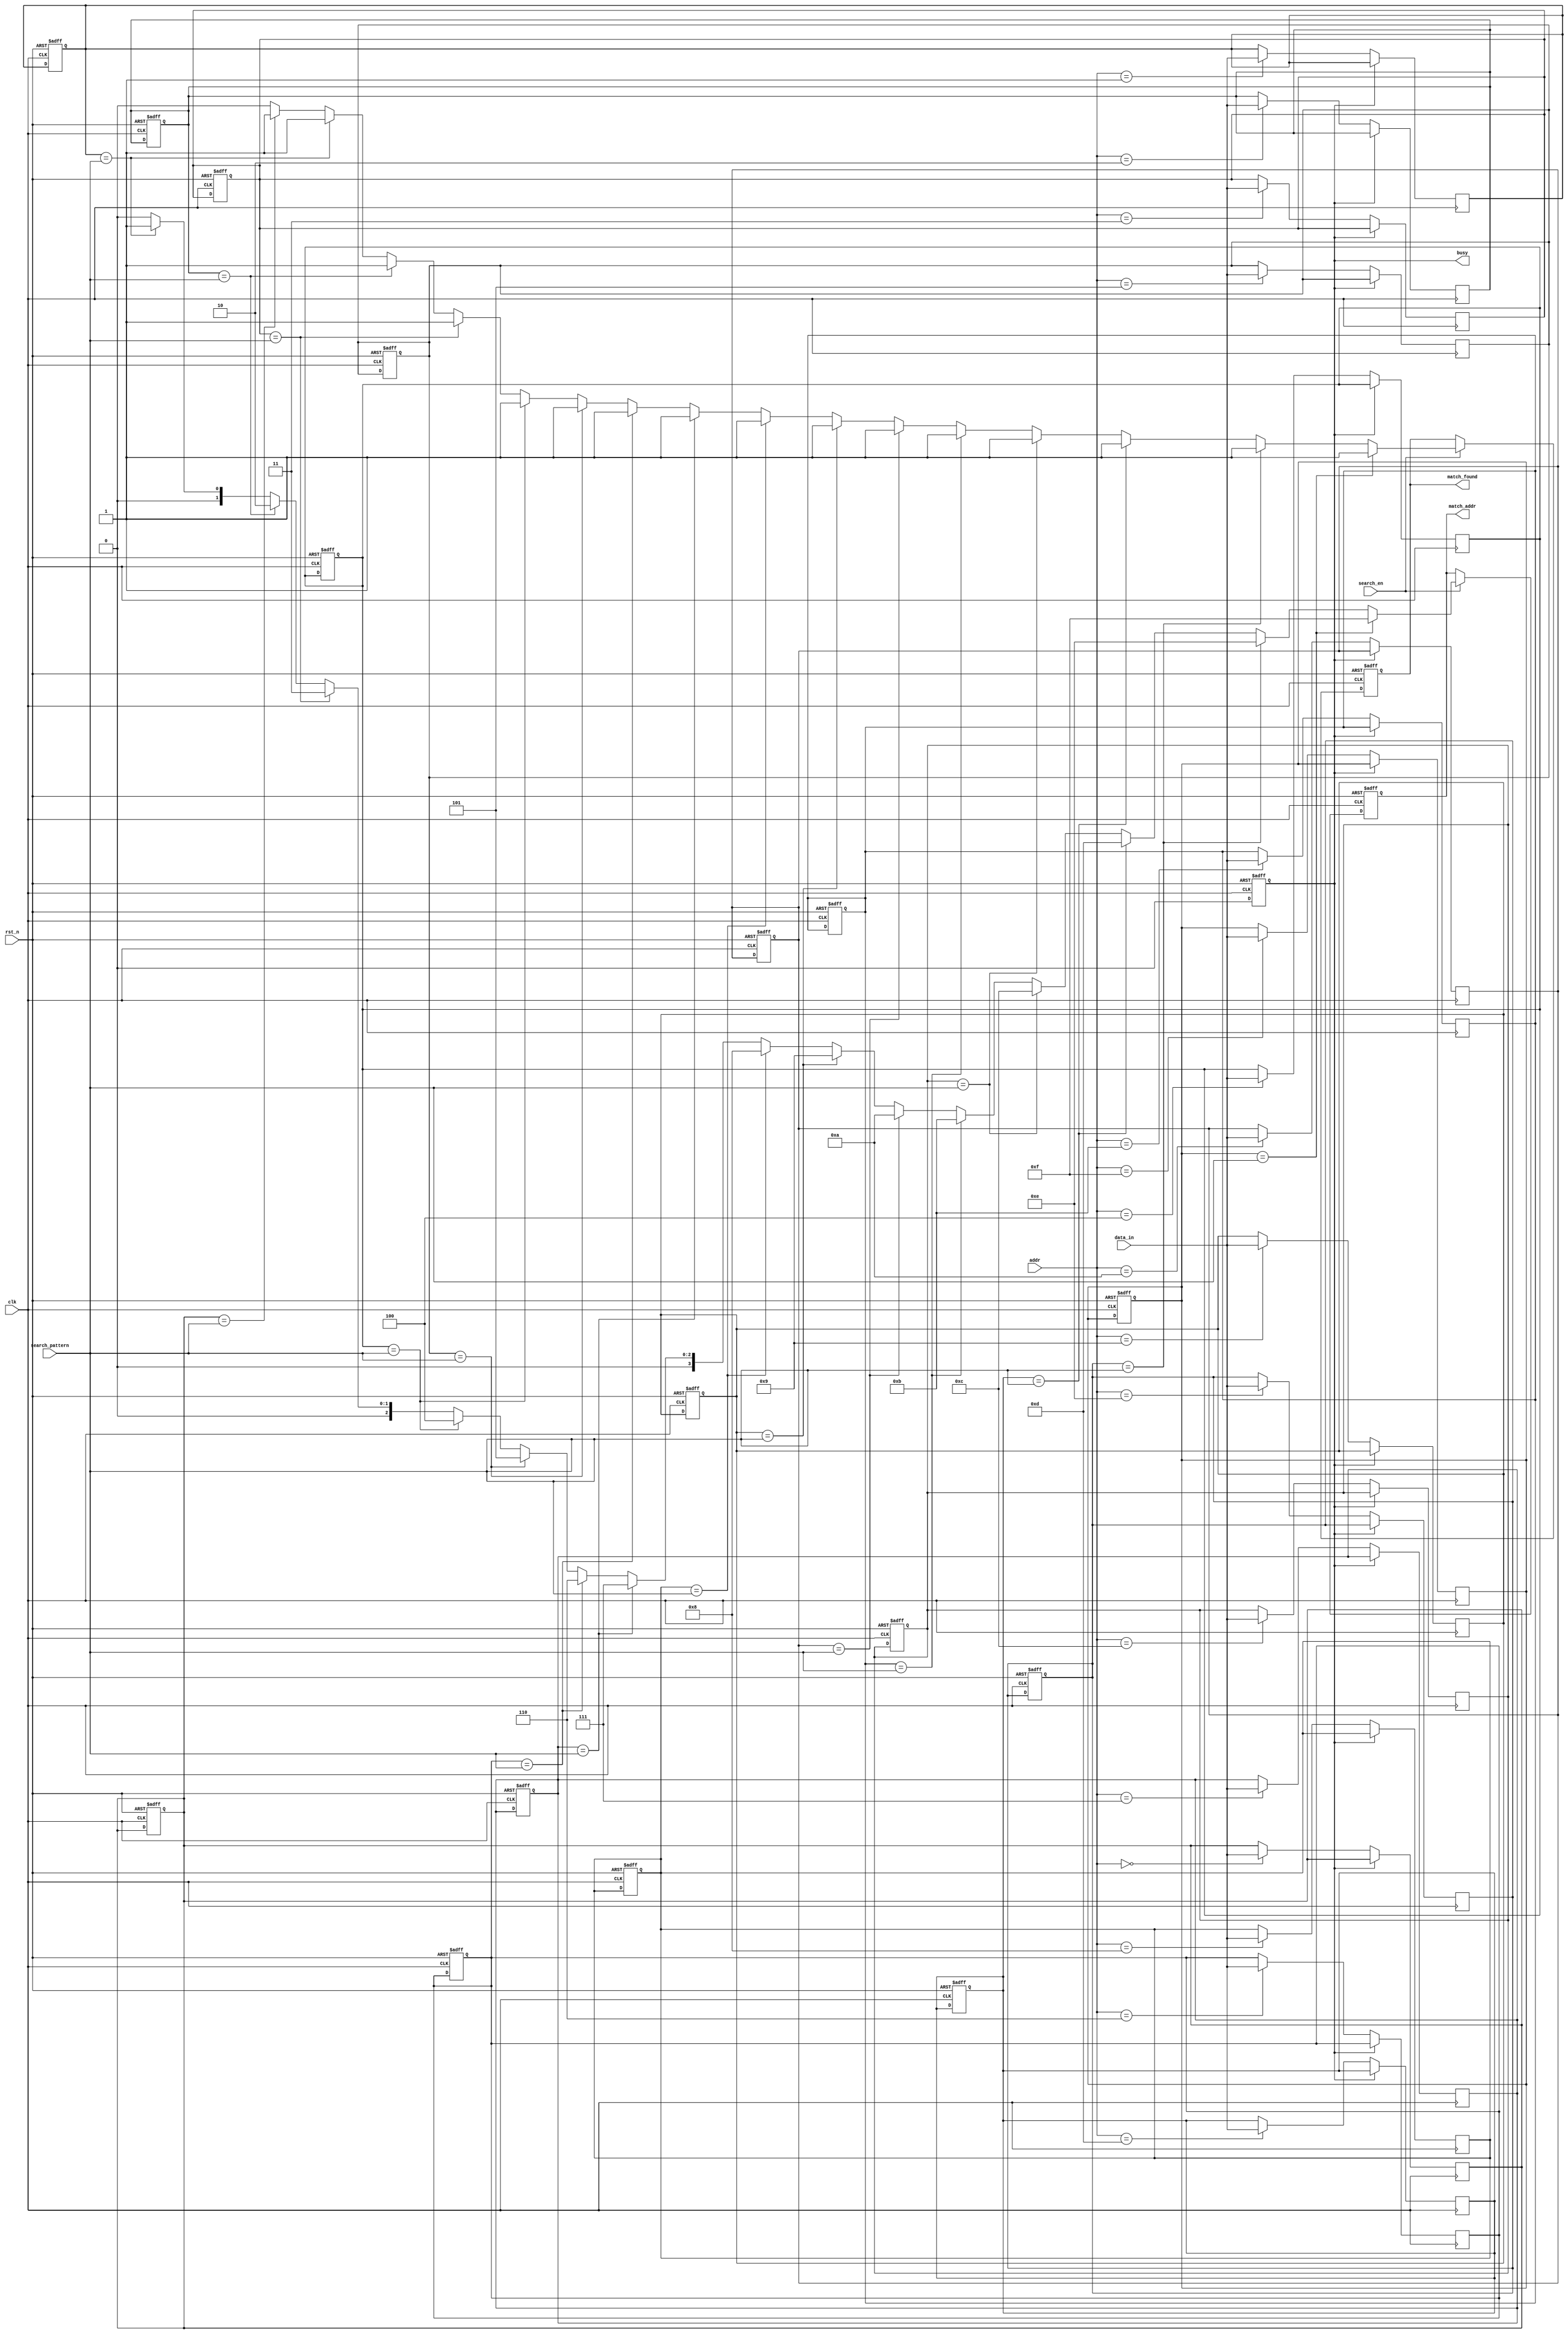
module Hybrid_CAM #(
    parameter DATA_WIDTH = 8,    // Width of data stored in CAM
    parameter ADDR_WIDTH = 4,     // Number of addressable entries
    parameter MATCH_WIDTH = 1      // Width of match output (1 for single match, more for multiple)
)(
    input wire clk,                // Clock signal
    input wire rst_n,              // Active low reset
    input wire [DATA_WIDTH-1:0] data_in, // Data input for write operation
    input wire [ADDR_WIDTH-1:0] addr,     // Address for write operation
    input wire search_en,          // Enable signal for search operation
    input wire [DATA_WIDTH-1:0] search_pattern, // Pattern to search
    output reg [ADDR_WIDTH-1:0] match_addr, // Address of the match
    output reg match_found,        // Match found indicator
    output reg busy                // Busy indicator for operations
);

    // Memory array
    reg [DATA_WIDTH-1:0] memory_array [0:(1 << ADDR_WIDTH)-1];

    // Input buffer
    reg [DATA_WIDTH-1:0] input_buffer;

    // Match logic
    integer i;

    // Control logic
    always @(posedge clk or negedge rst_n) begin
        if (!rst_n) begin
            // Reset logic
            match_found <= 0;
            busy <= 0;
            match_addr <= 0;
            for (i = 0; i < (1 << ADDR_WIDTH); i = i + 1) begin
                memory_array[i] <= 0; // Clear memory
            end
        end else begin
            if (search_en) begin
                busy <= 1;
                match_found <= 0;
                match_addr <= 0;
                // Search operation
                for (i = 0; i < (1 << ADDR_WIDTH); i = i + 1) begin
                    if (memory_array[i] == search_pattern) begin
                        match_found <= 1;
                        match_addr <= i; // Store the address of the first match
                    end
                end
                busy <= 0; // Search complete
            end else begin
                busy <= 0;
            end
        end
    end

    // Write operation
    always @(posedge clk) begin
        if (!busy) begin
            memory_array[addr] <= data_in; // Write data to memory
        end
    end

endmodule